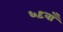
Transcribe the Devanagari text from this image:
६९वाँ